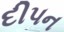
દીપન